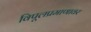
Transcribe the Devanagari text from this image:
विपूलप्रमाणावर